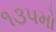
૧૩૫મો